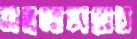
মন্ত্রনালয়ের